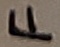
Text: F